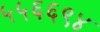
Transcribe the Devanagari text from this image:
५५६६९४